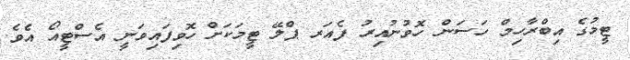
ޓީމުގެ އިބްރާހިމް ހަސަން ހޮވުނުއިރު ފެއަރ ޕްލޭ ޓީމަކަށް ހޮވިފައިވަނީ އެސްޓީއޯ އެވެ.